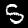
Digit: 5